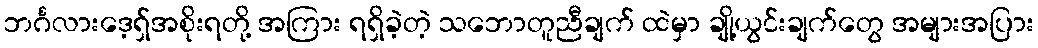
ဘင်္ဂလားဒေ့ရှ်အစိုးရတို့ အကြား ရရှိခဲ့တဲ့ သဘောတူညီချက် ထဲမှာ ချို့ယွင်းချက်တွေ အများအပြား